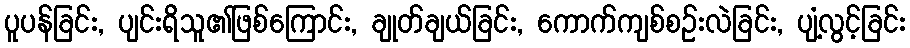
ပူပန်ခြင်း, ပျင်းရိသူ၏ဖြစ်ကြောင်း, ချုတ်ချယ်ခြင်း, ကောက်ကျစ်စဉ်းလဲခြင်း, ပျံ့လွင့်ခြင်း